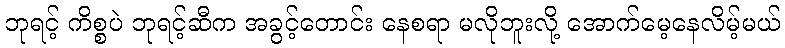
ဘုရင့် ကိစ္စပဲ ဘုရင့်ဆီက အခွင့်တောင်း နေစရာ မလိုဘူးလို့ အောက်မေ့နေလိမ့်မယ်